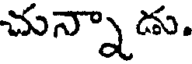
చున్నాడు.